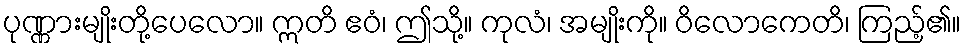
ပုဏ္ဏားမျိုးတို့ပေလော။ ဣတိ ဧဝံ၊ ဤသို့။ ကုလံ၊ အမျိုးကို။ ဝိလောကေတိ၊ ကြည့်၏။